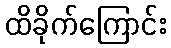
ထိခိုက်ကြောင်း